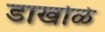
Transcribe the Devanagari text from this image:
डाखोळे